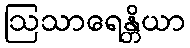
ဩသာရေန္တိယာ